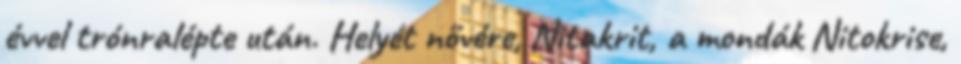
évvel trónralépte után. Helyét nővére, Nitakrit, a mondák Nitokrise,